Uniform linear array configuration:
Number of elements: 32
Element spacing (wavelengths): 0.75
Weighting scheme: blackman
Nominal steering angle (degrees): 30
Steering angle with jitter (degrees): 28.501
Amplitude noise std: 0.05
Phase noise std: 0.05

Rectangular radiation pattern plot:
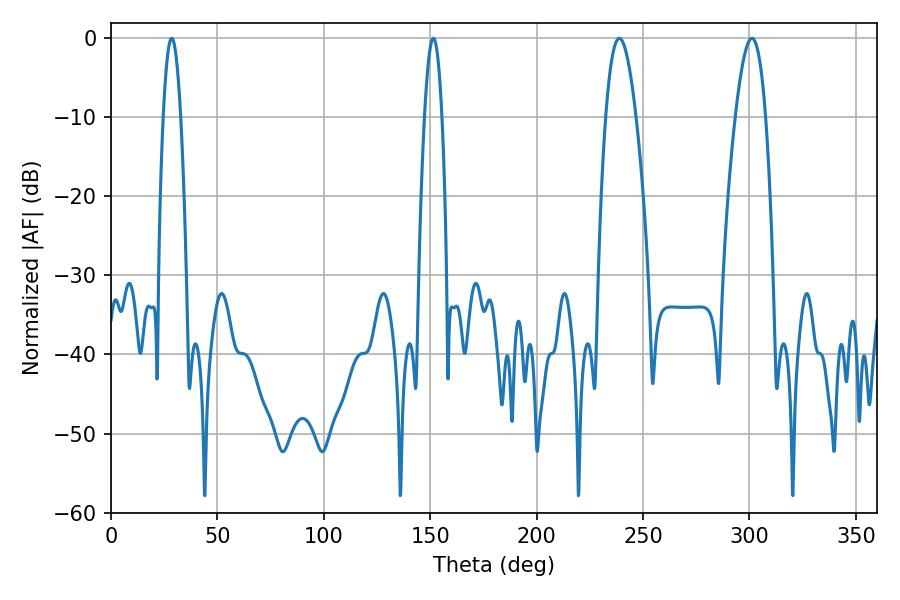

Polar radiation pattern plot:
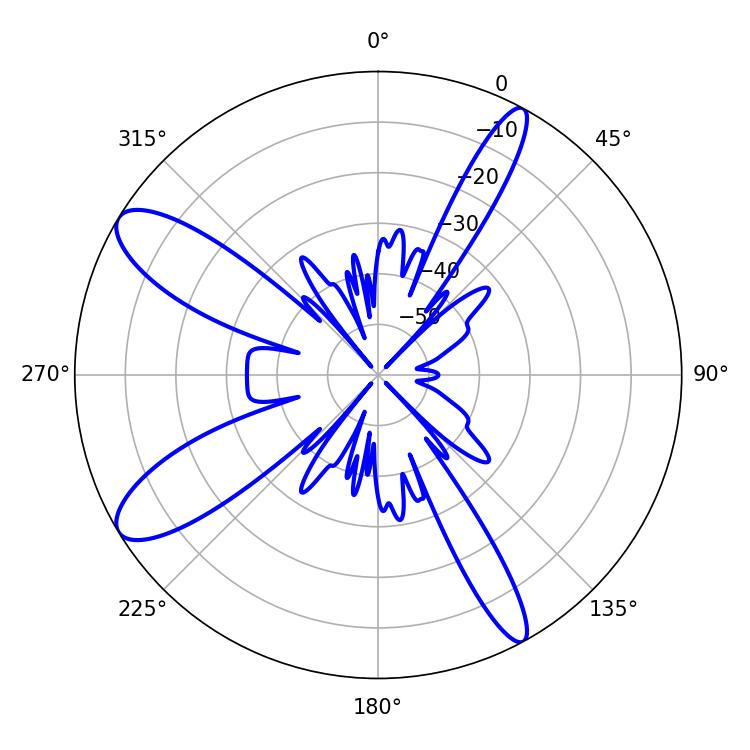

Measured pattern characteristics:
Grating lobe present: TRUE
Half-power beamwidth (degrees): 7.74
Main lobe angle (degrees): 238.86